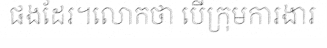
ផងដែរ។លោកថា បើក្រុមការងារ